Scottish Leaving Certificate Examination, 1953
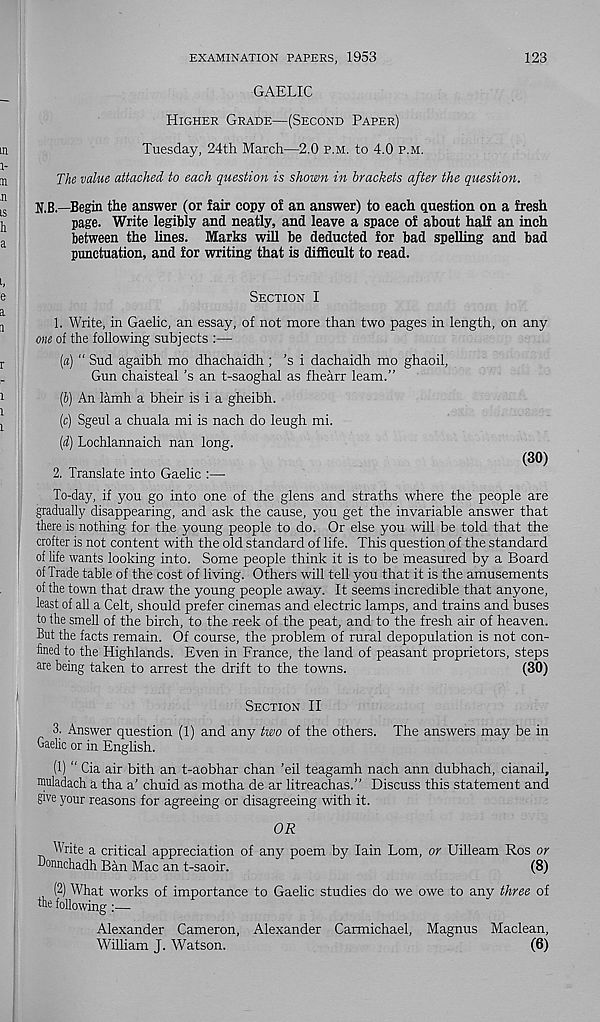
EXAMINATION PAPERS, 1953
123
GAELIC
Higher Grade—(Second Paper)
Tuesday, 24th March—2.0 p.m. to 4.0 p.m.
The value attached to each question is shown in brackets after the question.
N.B.—Begin the answer (or fair copy of an answer) to each question on a fresh
page. Write legibly and neatly, and leave a space of about half an inch
between the lines. Marks will be deducted for bad spelling and bad
punctuation, and for writing that is difficult to read.
Section I
1. Write, in Gaelic, an essay, of not more than two pages in length, on any
me of the following subjects :—
(a) “ Sud agaibh mo dhachaidh ; ’s i dachaidh mo ghaoil,
Gun chaisteal’s an t-saoghal as fhearr learn.”
(b) An lamh a bheir is i a gheibh.
(c) Sgeul a chuala mi is nach do leugh mi.
(d) Lochlannaich nan long.
(30)
2. Translate into Gaelic :—
To-day, if you go into one of the glens and straths where the people are
gradually disappearing, and ask the cause, you get the invariable answer that
there is nothing for the young people to do. Or else you will be told that the
crofter is not content with the old standard of life. This question of the standard
of life wants looking into. Some people think it is to be measured by a Board
of Trade table of the cost of living. Others will tell you that it is the amusements
of the town that draw the young people away. It seems incredible that anyone,
least of all a Celt, should prefer cinemas and electric lamps, and trains and buses
to the smell of the birch, to the reek of the peat, and to the fresh air of heaven.
But the facts remain. Of course, the problem of rural depopulation is not con-
fined to the Highlands. Even in France, the land of peasant proprietors, steps
are being taken to arrest the drift to the towns.
(30)
Section II
3. Answer question (1) and any two of the others. The answers may be in
Gaelic or in English.
(1) “ Cia air bith an t-aobhar chan ’eil teagamh nach ann dubhach, cianail,
muladach a tha a’ chuid as motha de ar litreachas.” Discuss this statement and
give your reasons for agreeing or disagreeing with it.
Write a critical appreciation of any poem by Iain Lorn, or Uilleam Ros or
Donnchadh Ban Mac an t-saoir.
(8)
(2) What works of importance to Gaelic studies do we owe to any three of
the following:—
Alexander Cameron, Alexander Carmichael, Magnus Maclean,
William J. Watson.
(6)